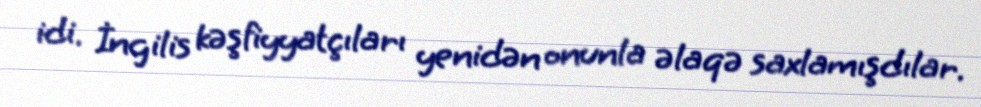
idi. İngilis kəşfiyyatçıları yenidən onunla əlaqə saxlamışdılar.